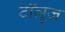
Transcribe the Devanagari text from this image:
टॉलूज